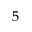
5